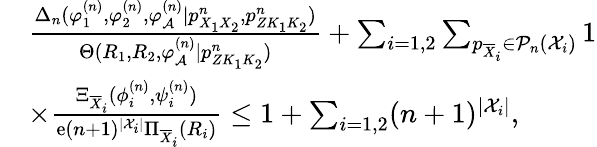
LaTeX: \begin{array}{rl}&{\frac{\Delta_{n}(\varphi_{1}^{(n)},\varphi_{2}^{(n)},\varphi_{\cal A}^{(n)}|p_{X_{1}X_{2}}^{n},{p_{ZK_{1}K_{2}}^{n}})}{\Theta(R_{1},R_{2},\varphi_{\cal A}^{(n)}|{p_{ZK_{1}K_{2}}^{n}})}+\sum_{i=1,2}\sum_{p_{\overline{{X}}_{i}}\in{\cal P}_{n}({\cal X}_{i})}1}\\ &{\times\frac{\Xi_{\overline{{X}}_{i}}(\phi_{i}^{(n)},\psi_{i}^{(n)})}{\mathrm{e}(n+1)^{|{\cal X}_{i}|}\Pi_{\overline{{X}}_{i}}(R_{i})}\leq 1+\sum_{i=1,2}(n+1)^{|{\cal X}_{i}|},}\end{array}